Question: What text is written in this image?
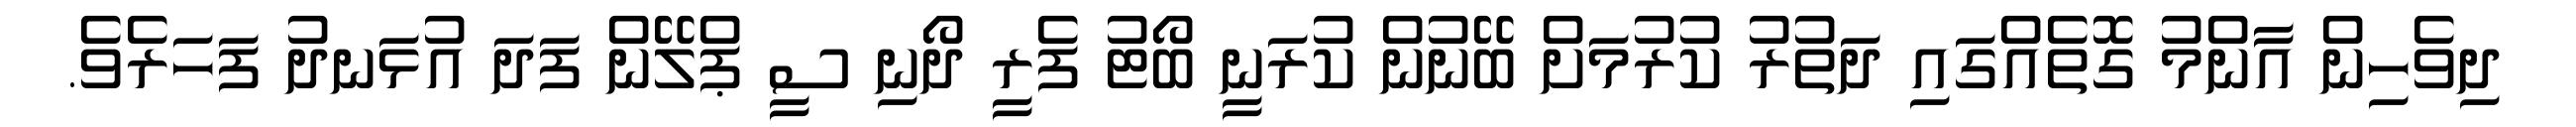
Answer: ދިވެހިން އާންމު ގޮތެއްގައި ދަތުރު ކުރުމަށް ބޭނުން ކުރަނީ ބޯޓު ފެރީ ދޯނި ސީ ޕްލޭން ފަދަ އުޅަނދު ފަހަރެވެ.